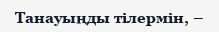
Танауыңды тiлермiн, –